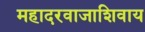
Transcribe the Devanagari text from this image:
महादरवाजाशिवाय